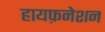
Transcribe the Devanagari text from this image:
हायफ़नेशन